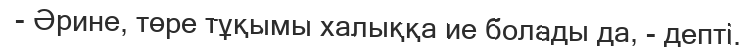
- Әрине, төре тұқымы халыққа ие болады да, - депті.